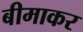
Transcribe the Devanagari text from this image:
बीमाकर